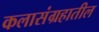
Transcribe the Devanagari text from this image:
कलासंग्रहातील